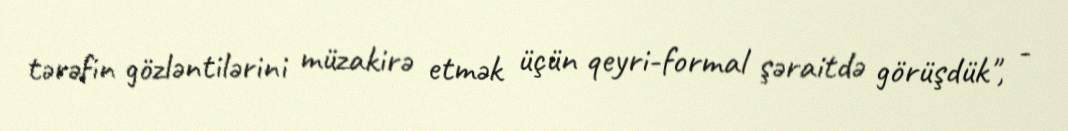
tərəfin gözləntilərini müzakirə etmək üçün qeyri-formal şəraitdə görüşdük", -